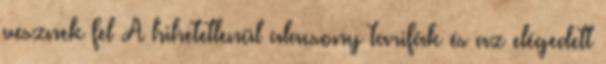
vesznek fel A hihetetlenül alacsony tarifák és az elégedett